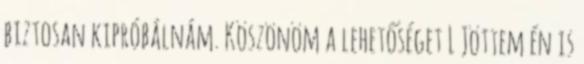
biztosan kipróbálnám. Köszönöm a lehetőséget L Jöttem én is